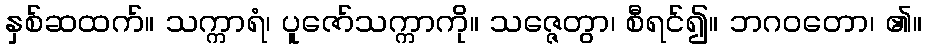
နှစ်ဆထက်။ သက္ကာရံ၊ ပူဇော်သက္ကာကို။ သဇ္ဇေတွာ၊ စီရင်၍။ ဘဂဝတော၊ ၏။